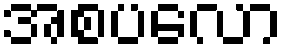
အစပလော